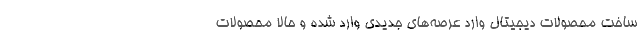
ساخت محصولات دیجیتال وارد عرصه‌های جدیدی وارد شده و حالا محصولات